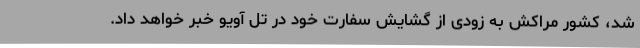
شد، کشور مراکش به زودی از گشایش سفارت خود در تل آویو خبر خواهد داد.